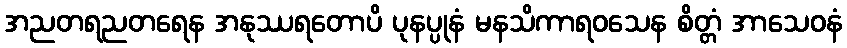
အညတရညတရေန အနုဿရတောပိ ပုနပ္ပုနံ မနသိကာရဝသေန စိတ္တံ အာသေဝနံ